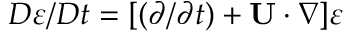
D \varepsilon / D t = [ ( \partial / \partial t ) + { \bf { U } } \cdot \nabla ] \varepsilon